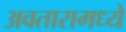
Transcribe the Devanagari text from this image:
अवतारामध्ये